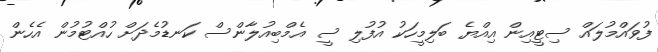
ފުވައްމުލައް ސިޓީއިން އިއްޔެ ބަލިމީހަކު އުފުލި ސީ އެމްބިއުލާންސް ކަނޑުމެދަށް ހުއްޓުމުން އެހެން